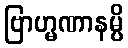
ဗြာဟ္မဏာနမ္ပိ